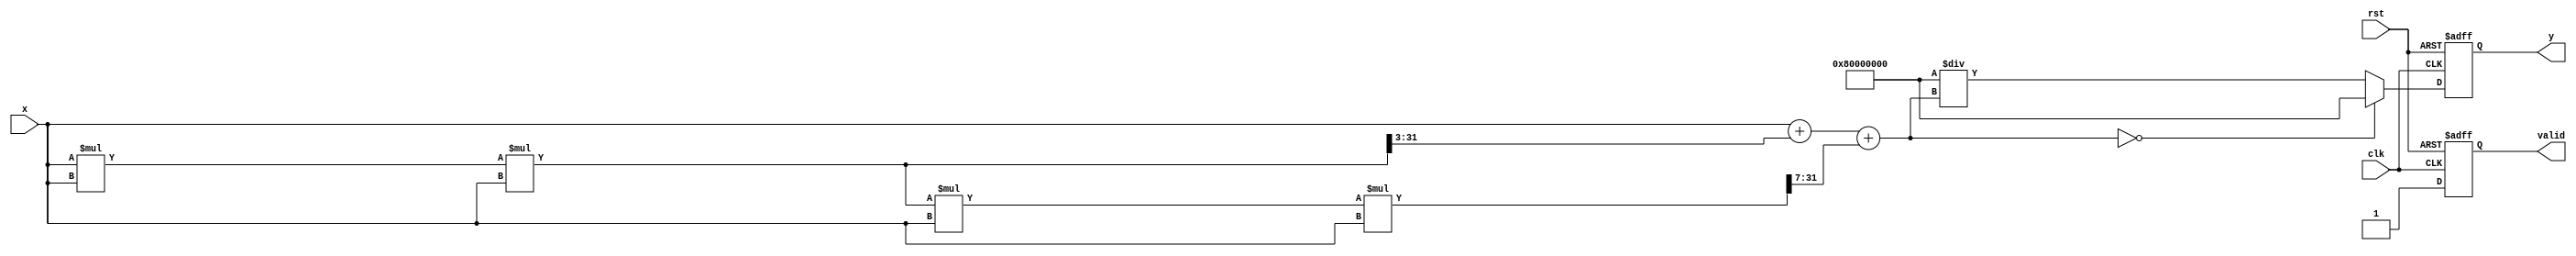
module csch(
    input wire clk,
    input wire rst,
    input wire signed [31:0] x, // Fixed-point input (Q1.31 format)
    output reg signed [31:0] y,  // Fixed-point output (Q1.31 format)
    output reg valid              // Output valid signal
);

    // Constants for fixed-point representation
    parameter Q1_31 = 32'h80000000; // 1.0 in Q1.31 format
    parameter Q1_31_INF = 32'h7FFFFFFF; // Representation of positive infinity
    parameter Q1_31_NAN = 32'h80000000; // Representation of NaN

    // Internal signals
    reg signed [31:0] sinh_x;
    reg signed [31:0] sinh_x_inv;

    // Function to compute sinh using Taylor series approximation
    function signed [31:0] sinh;
        input signed [31:0] x;
        begin
            // Simple approximation for sinh(x) = x + x^3/6 + x^5/120
            // This is a very basic approximation and should be replaced with a more accurate method for production code.
            sinh = x + ((x * x * x) >>> 3) + ((x * x * x * x * x) >>> 7);
        end
    endfunction

    always @(posedge clk or posedge rst) begin
        if (rst) begin
            y <= 0;
            valid <= 0;
        end else begin
            // Compute sinh(x)
            sinh_x = sinh(x);

            // Check for edge cases
            if (sinh_x == 0) begin
                // sinh(x) is zero, return NaN or infinity
                y <= Q1_31_NAN; // or Q1_31_INF for infinity
            end else begin
                // Compute csch(x) = 1 / sinh(x)
                sinh_x_inv = (Q1_31 / sinh_x); // Fixed-point division
                y <= sinh_x_inv;
            end
            valid <= 1; // Indicate that output is valid
        end
    end

endmodule